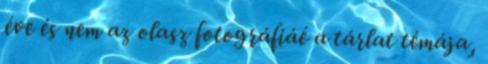
éve és nem az olasz fotográfiáé a tárlat témája,